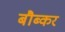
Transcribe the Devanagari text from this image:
बौब्कर